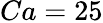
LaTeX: Ca=25